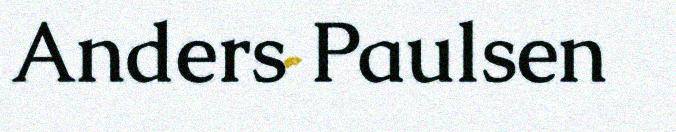
Anders Paulsen